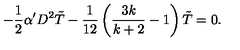
- \frac { 1 } { 2 } \alpha ^ { \prime } D ^ { 2 } \tilde { T } - \frac { 1 } { 1 2 } \left( \frac { 3 k } { k + 2 } - 1 \right) \tilde { T } = 0 .